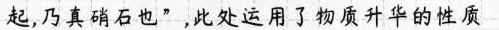
起，乃真硝石也”，此处运用了物质升华的性质